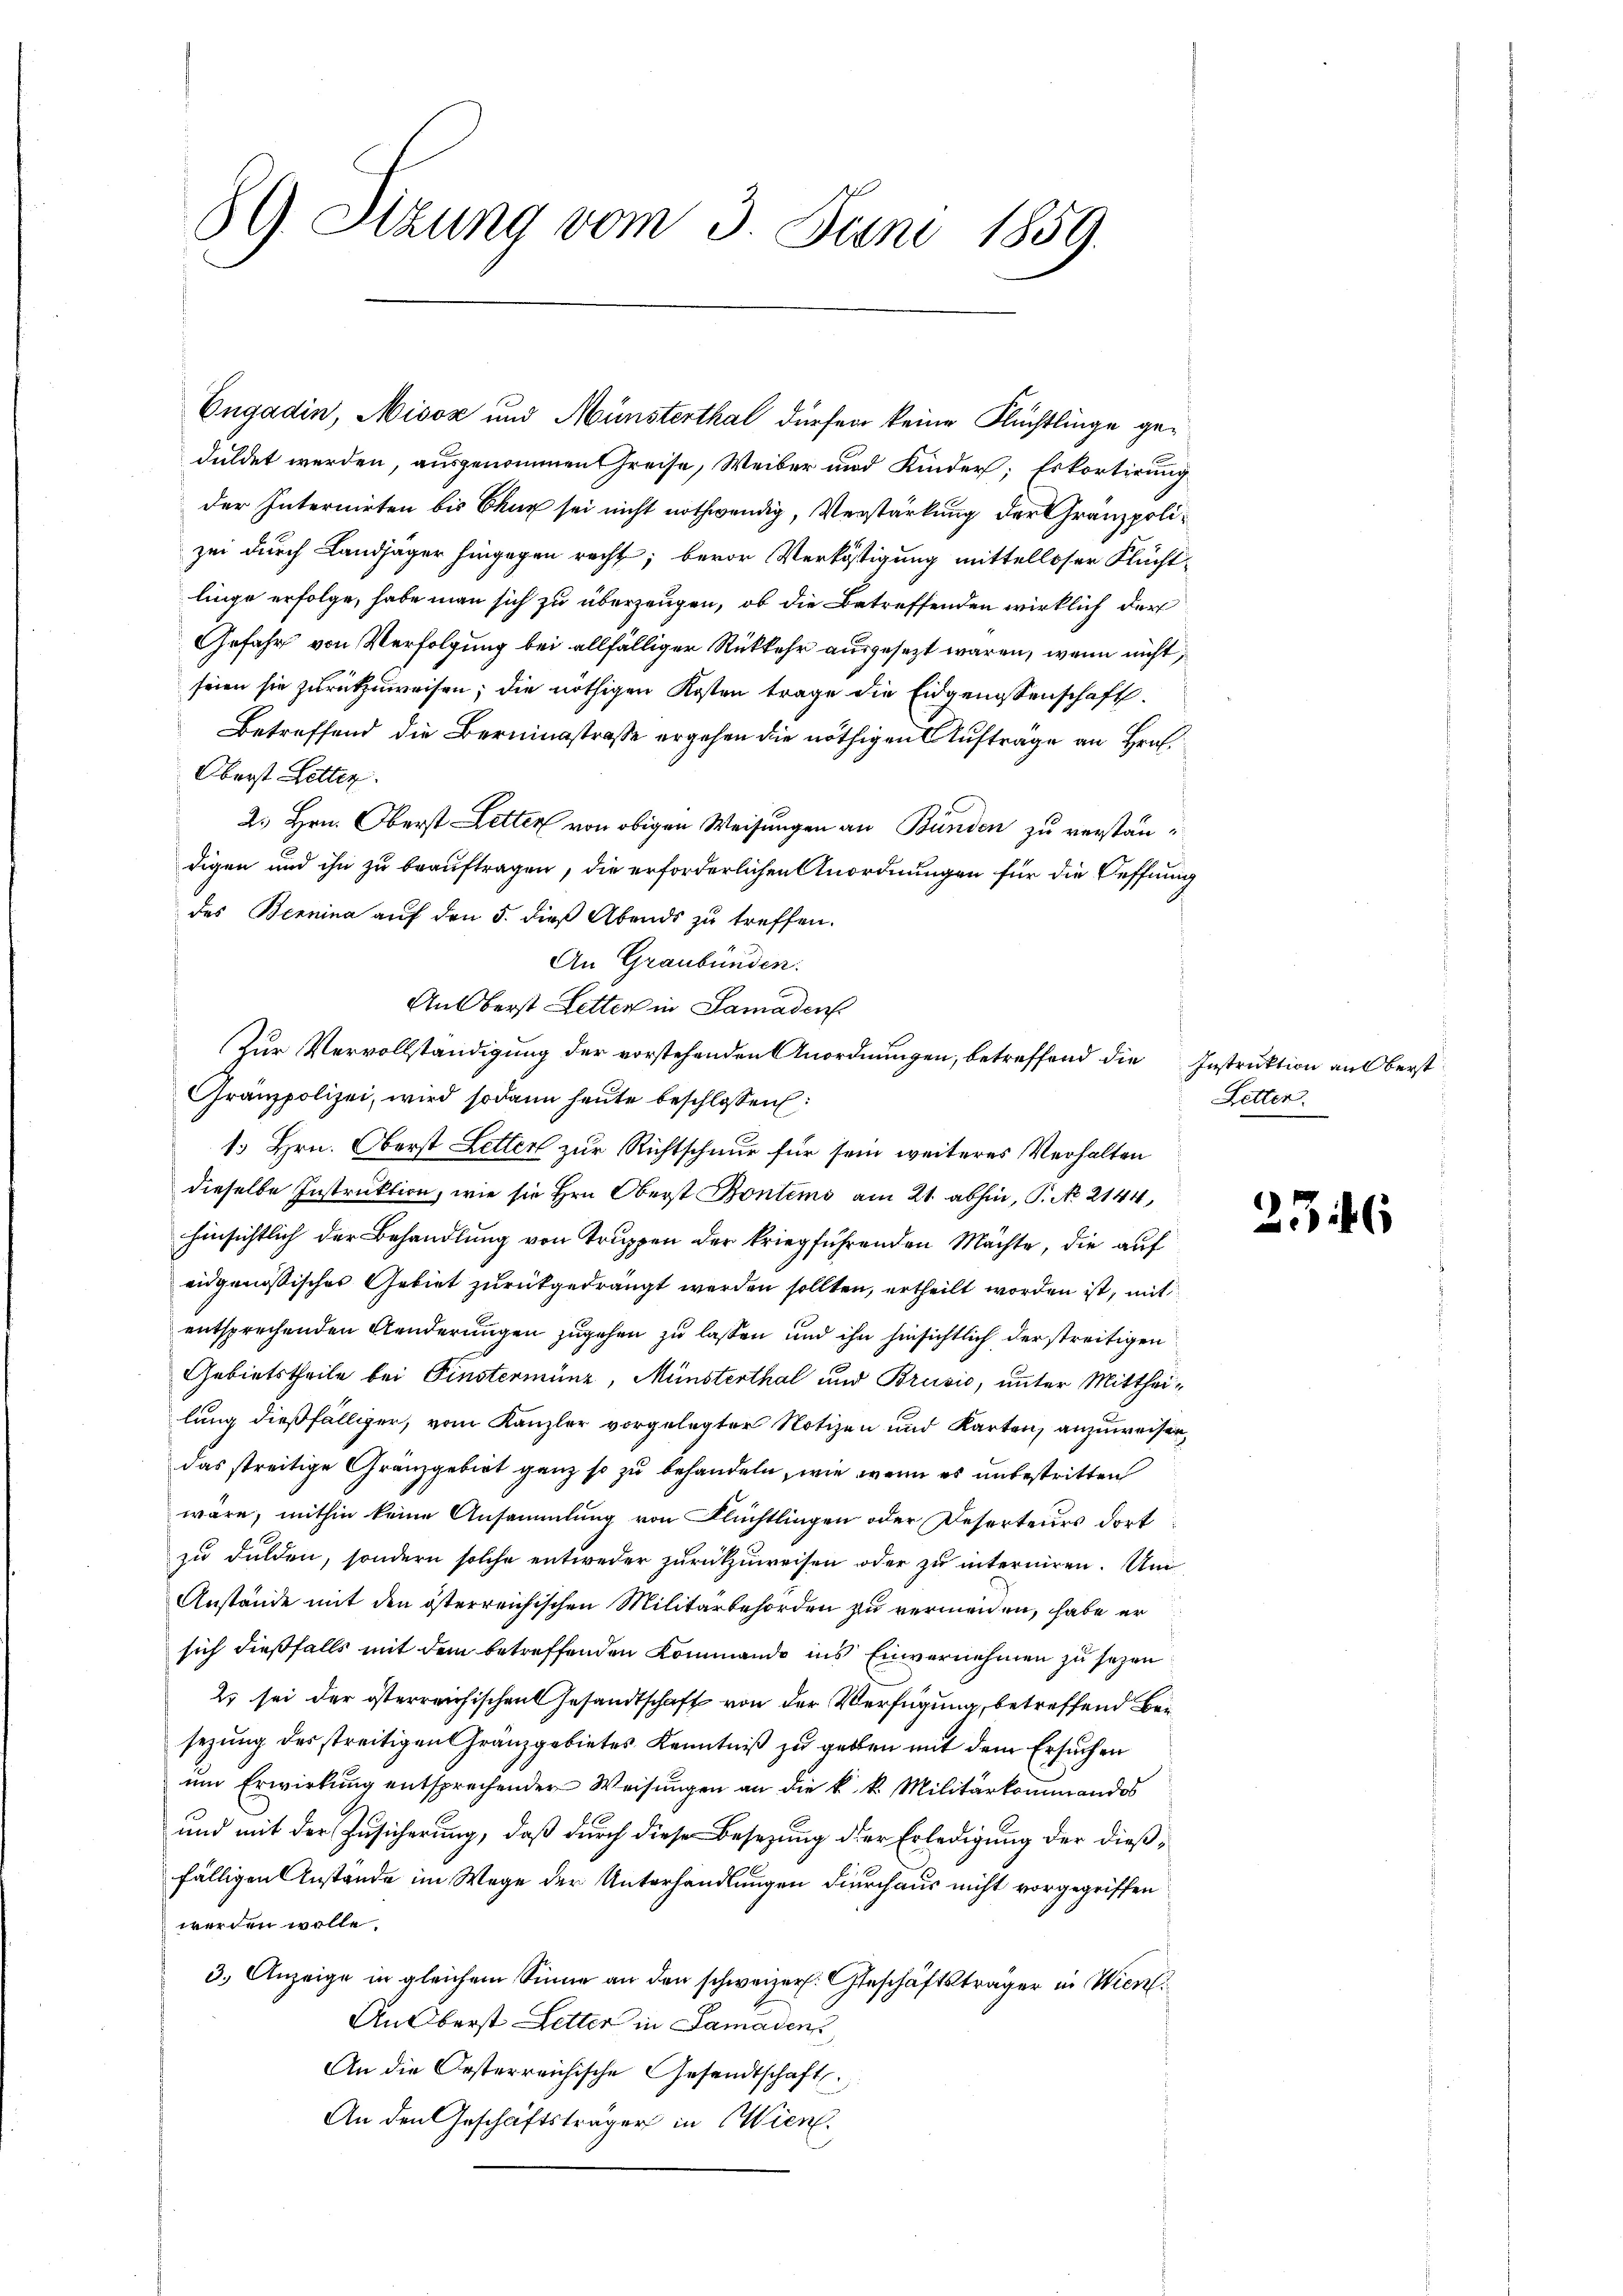
89. Stzung vom 3. Juni 1859.

Engadin, Misox und Münsterthal dürfen keine Flüchtlinge geduldet werden, ausgenommen Greise, Weiber und Kinder; Eskortirung
der Internirten bis Chur sei nicht nothwendig, Verstärkung der Gränzpolizei durch Landjäger hingegen recht; bevor Verköstigung mittelloser Flüchtlinge erfolge, habe man sich zu überzeugen, ob die Betreffenden wirklich der
Gefahr von Verfolgung bei allfälliger Rückkehr ausgesezt waren, wenn nicht,
seien sie zurückzuweisen; die nöthigen Kosten trage die Eidgenossenschaft.
Betreffend die Berningstrasse ergehen die nöthigen Aufträge an Hrn.
Oberst Litter.
2. Hrn. Oberst Letten von obigen Weisungen an Bünden zu verstandigen und ihn zu beauftragen, die erforderlichen Anordnungen für die Oeffnung
des Bennina auf den 5. dieß Abends zu treffen.
An Graubünden.
An Oberst Letten in Samaden
Zur Vervollständigung der vorstehenden Anordnungen, betreffend die Instruktion an Oberst
Granzpolizei, wird sodann heute beschlossen:
1. Hrn. Oberst Letter zur Richtschnur für sein weiteres Verhalten
dieselbe Instruktion, wie sie Hrn. Oberst Bontems am 21. abhin, P. No. 2144,
hinsichtlich der Behandlung von Truppen der kriegführenden Mächte, die auf
eugenössisches Gebiet zurückgedrängt werden sollten, ertheilt worden ist, mit
entsprechenden Aenderungen zugehen zu lassen und ihn hinsichtlich der streitigen
Gebietstheile bei Finstermünz, Münsterthal und Brusić, unter Mittheilung dießfälliger, vom Kanzler vorgelegter Notizen und Karten, anzuweisen,
das streitige Granzgebirt ganz so zu behandeln, wie wenn es unbestritten
wäre, mithin keine Ansammlung von Flüchtlingen oder Deserteurs dort
zu dulden, sondern solche entweder zurückzuweisen oder zu interniren. Un
Anstände mit den österreichischen Militärbehörden zu vermeiden, habe er
sich dießfalls mit dem betreffenden Kommando ins Einvernehmen zu sezen
2 sei der österreichischen Gesandtschaft von der Verfügung, betreffend Besezung des streitigen Gränzgebietes Kenntniß zu geben mit dem Ersuchen
um Erwirkung entsprechender Weisungen an die k. k. Militärkommandos
und mit der Zusicherung, daß durch diese Besetzung der Erledigung der dießfälligen Anstände im Wege der Unterhandlungen durchaus nicht vorgegriffen
werden wolle.
3.) Anzeige in gleichem Sinne an den schweizer. Geschäftsträger in Wien.
An Oberst Letter in Samaden
An die Orsterreichische Gesandtschaft
An den Geschäftsträger in Wien.

Letten.

2346